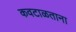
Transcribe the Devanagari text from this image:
कवटाळताना